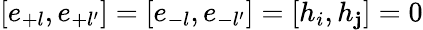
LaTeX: [e_{+l},e_{+l^{\prime}}]=[e_{-l},e_{-l^{\prime}}]=[h_{i},h_{\mathbf{j}}]=0